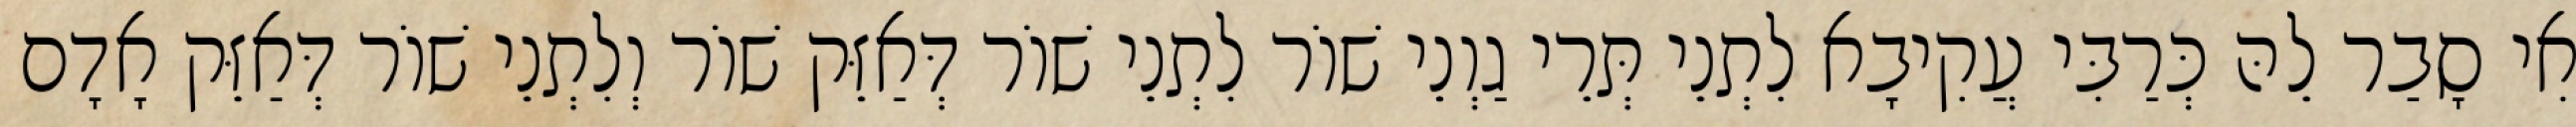
אִי סָבַר לֵהּ כְּרַבִּי עֲקִיבָא לִתְנֵי תְּרֵי גַוְנֵי שׁוֹר לִתְנֵי שׁוֹר דְּאַזֵּק שׁוֹר וְלִתְנֵי שׁוֹר דְּאַזֵּק אָדָם